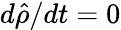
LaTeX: d{\hat{\rho}}/dt=0